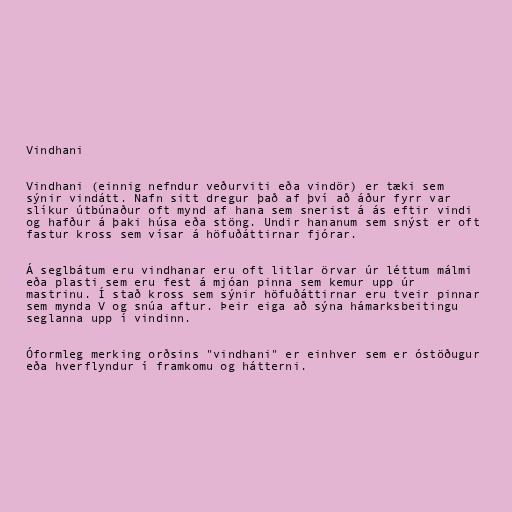
Vindhani

Vindhani (einnig nefndur veðurviti eða vindör) er tæki sem
sýnir vindátt. Nafn sitt dregur það af því að áður fyrr var
slíkur útbúnaður oft mynd af hana sem snerist á ás eftir vindi
og hafður á þaki húsa eða stöng. Undir hananum sem snýst er oft
fastur kross sem vísar á höfuðáttirnar fjórar.

Á seglbátum eru vindhanar eru oft litlar örvar úr léttum málmi
eða plasti sem eru fest á mjóan pinna sem kemur upp úr
mastrinu. Í stað kross sem sýnir höfuðáttirnar eru tveir pinnar
sem mynda V og snúa aftur. Þeir eiga að sýna hámarksbeitingu
seglanna upp í vindinn.

Óformleg merking orðsins "vindhani" er einhver sem er óstöðugur
eða hverflyndur í framkomu og hátterni.